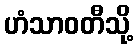
ဟံသာဝတီသို့